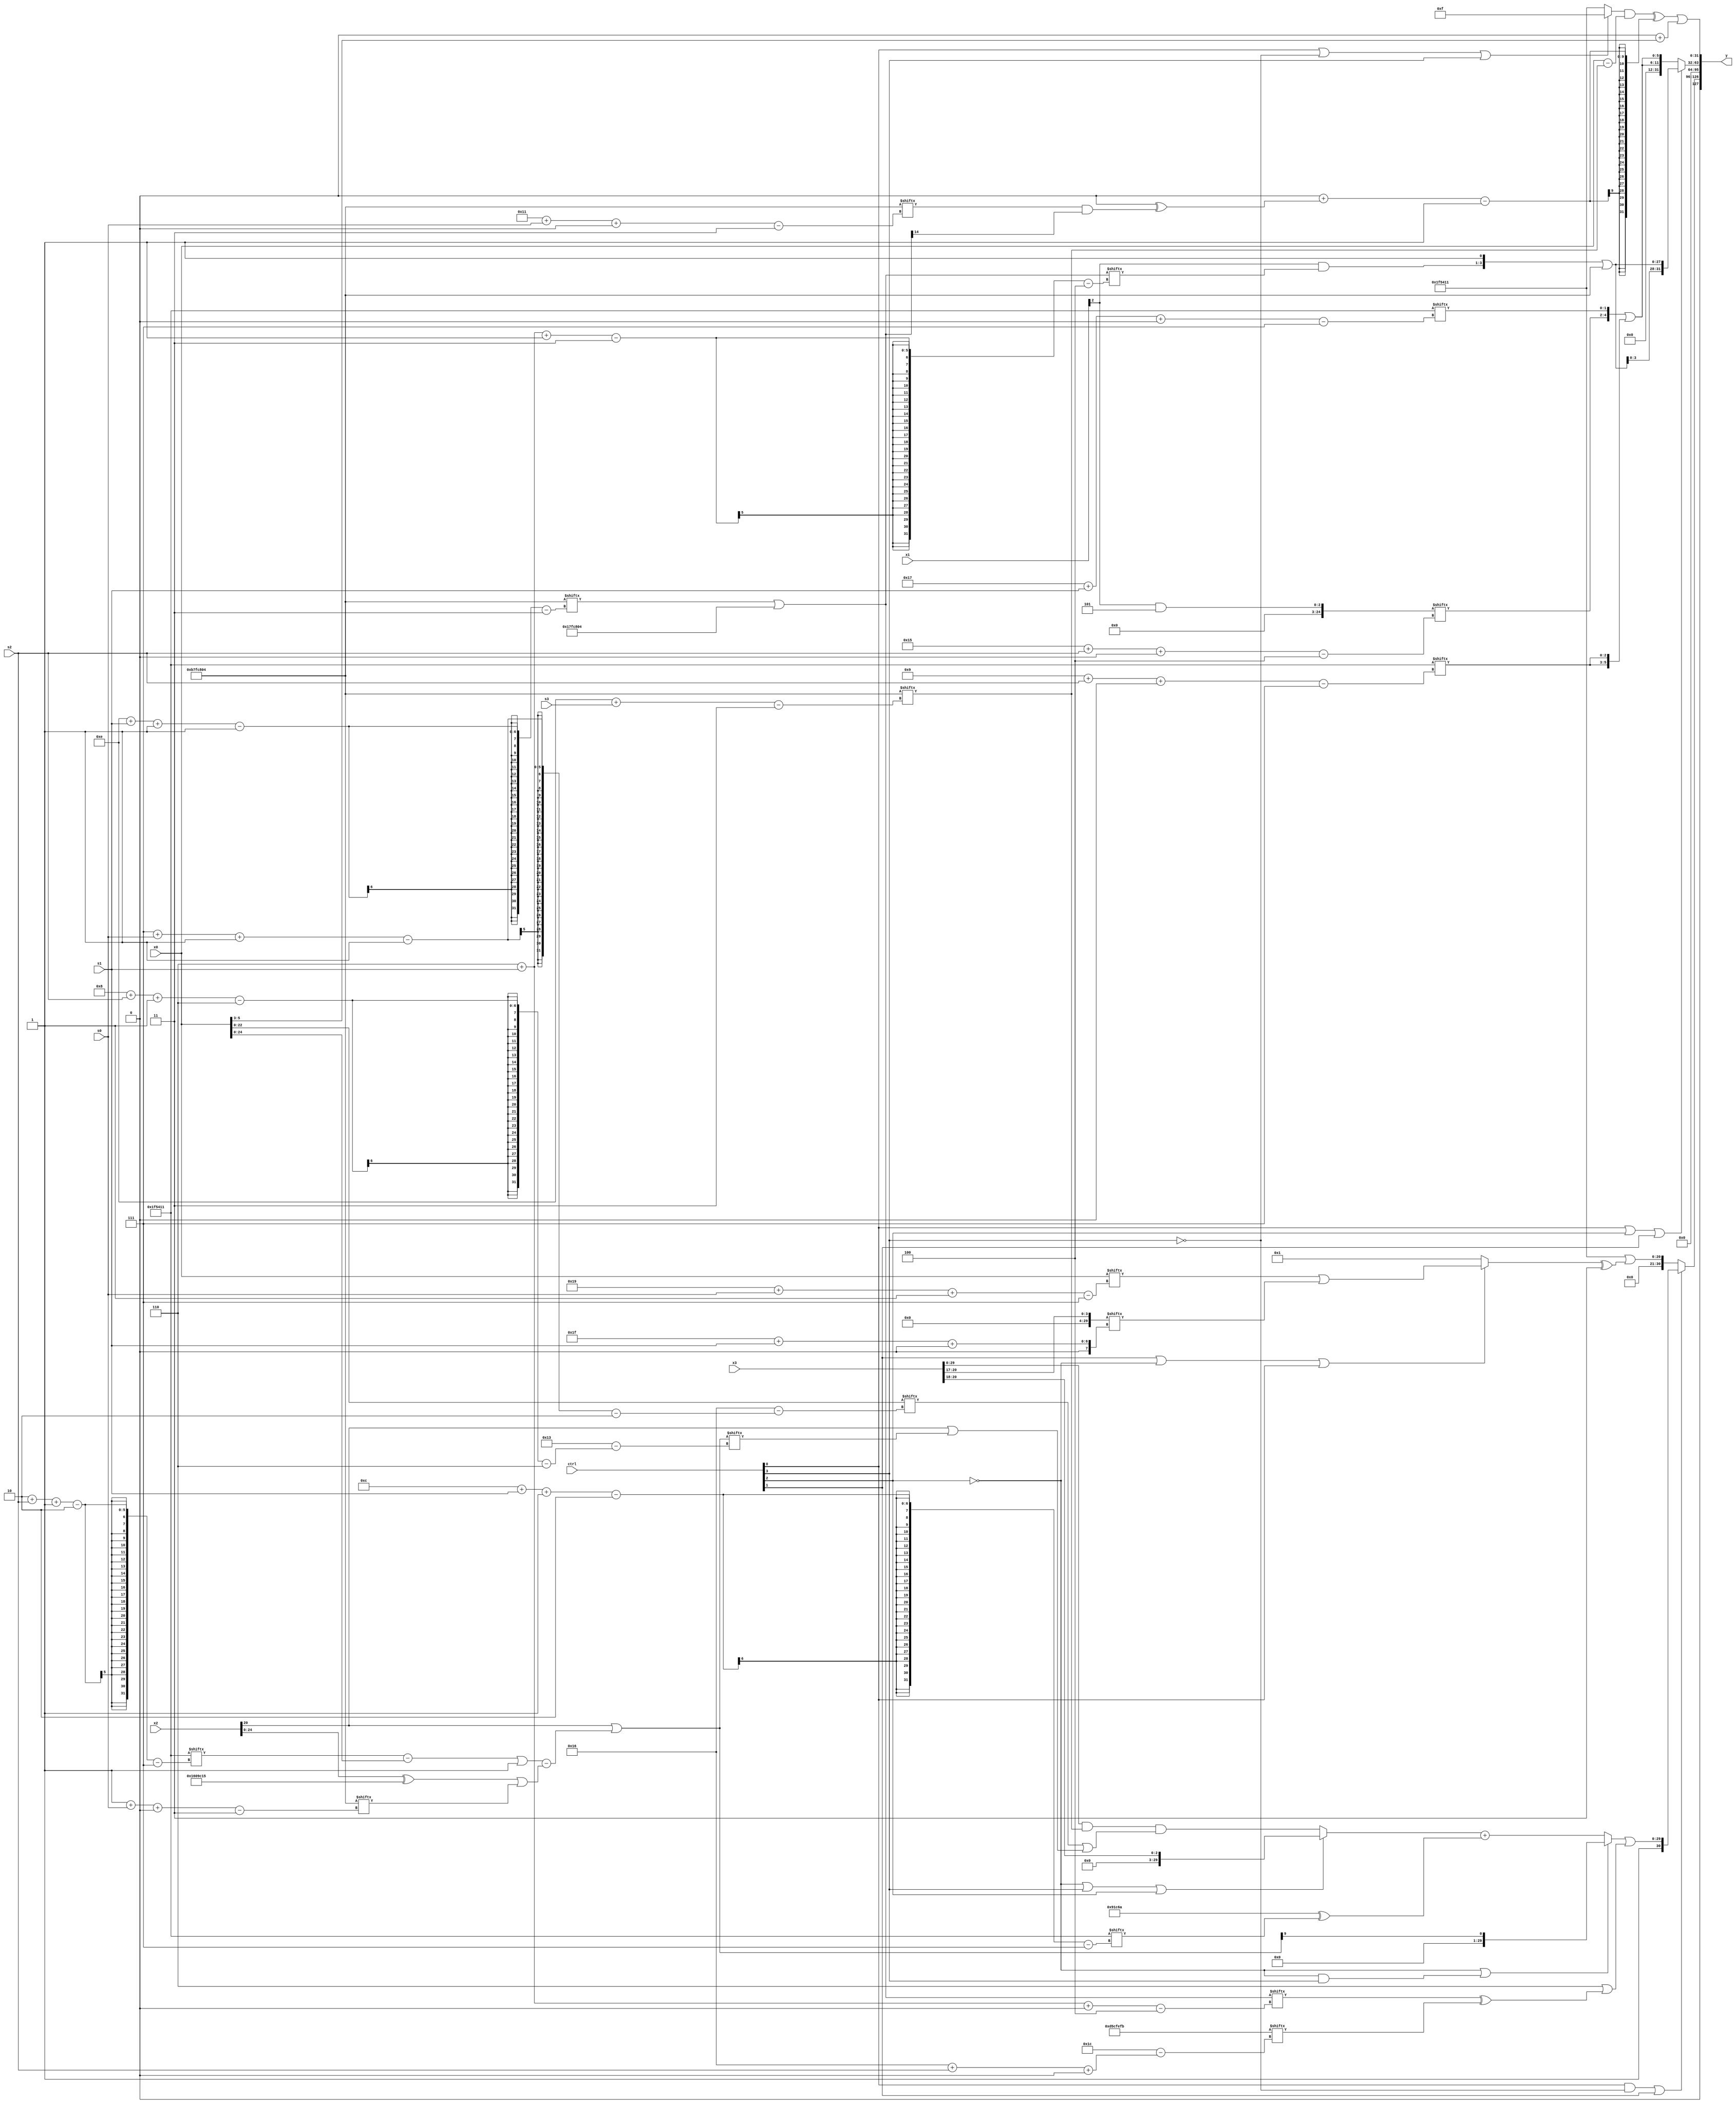
module partsel_00987(ctrl, s0, s1, s2, s3, x0, x1, x2, x3, y);
  input [3:0] ctrl;
  input [2:0] s0;
  input [2:0] s1;
  input [2:0] s2;
  input [2:0] s3;
  input [31:0] x0;
  input [31:0] x1;
  input signed [31:0] x2;
  input [31:0] x3;
  wire signed [4:25] x4;
  wire signed [6:30] x5;
  wire signed [2:24] x6;
  wire signed [29:0] x7;
  wire signed [30:5] x8;
  wire signed [29:0] x9;
  wire signed [28:4] x10;
  wire signed [26:4] x11;
  wire signed [28:4] x12;
  wire signed [30:1] x13;
  wire signed [2:29] x14;
  wire signed [24:5] x15;
  output [127:0] y;
  wire signed [31:0] y0;
  wire signed [31:0] y1;
  wire signed [31:0] y2;
  wire [31:0] y3;
  assign y = {y0,y1,y2,y3};
  localparam [31:7] p0 = 571022442;
  localparam [29:7] p1 = 798970897;
  localparam signed [0:30] p2 = 224198395;
  localparam signed [30:3] p3 = 192923652;
  assign x4 = {x1, x2[9]};
  assign x5 = {x0[14 -: 4], (x2[20] | (((p1[2 + s2 -: 2] - x0) | (p1 & p2[18 +: 4])) - ((x2 ^ (p3 ^ p1)) | p3[1 + s0 +: 3])))};
  assign x6 = x0;
  assign x7 = ((!ctrl[2] || ctrl[3] || ctrl[2] ? x3[18 +: 3] : {p2[25 + s1 -: 2], ((x3 & p3[14 + s3]) & ((x6[7 + s0 -: 1] | p1[18 +: 1]) | (x2[20] | x5[8 + s2 -: 6])))}) + (p0 ^ p1[12 + s1 -: 2]));
  assign x8 = x4[22];
  assign x9 = x3[20 -: 4];
  assign x10 = (x8 & {2{p1[22 -: 2]}});
  assign x11 = {2{x1[21 -: 4]}};
  assign x12 = (p3[14 + s1 -: 1] | p3);
  assign x13 = x9[17 +: 3];
  assign x14 = ({(ctrl[0] || !ctrl[0] && !ctrl[2] ? ({((p1[17] | p2[15 +: 3]) | x7), p1[21]} + x3) : x6), {p2[15 + s0 +: 7], {(((x5[27 + s1 -: 6] | x8[4 + s3]) | p3) | x9), p1[16 -: 2]}}} | (p1[21] ^ {{2{p1}}, p1[9 +: 1]}));
  assign x15 = (((x6[12] | p0[14 + s3 -: 7]) | (p2[23 -: 2] ^ p0[4 + s3 -: 5])) | (!ctrl[3] && !ctrl[2] && ctrl[2] ? x4[18 + s2 -: 3] : p0));
  assign y0 = {2{(ctrl[0] && !ctrl[3] || ctrl[1] ? {p1, ((!ctrl[2] || !ctrl[2] && ctrl[3] ? x5[21] : x7) | (p2[22 -: 3] | (x12[6 + s1 +: 8] ^ p2[22 + s2 +: 3])))} : (p1 | ((ctrl[1] || !ctrl[2] || ctrl[0] ? (x0[25 + s0 -: 7] | x9[31 + s1 +: 3]) : p2[20]) ^ {2{p0[23 -: 1]}})))}};
  assign y1 = x8[18 +: 3];
  assign y2 = (ctrl[0] || ctrl[2] || ctrl[1] ? {(((x11[13] & p2[26 + s0 +: 1]) - p2[17 -: 4]) + x9), {2{({(x8 & x12[6 + s1 -: 3]), p0[17]} | p3)}}} : (ctrl[3] || !ctrl[3] || ctrl[3] ? {2{({x10[21 + s2 +: 3], p1[23 + s1 +: 2]} | {2{p1[9 + s2 +: 3]}})}} : x12[3 + s0 -: 5]));
  assign y3 = ({(x11[18 -: 2] | (ctrl[2] && ctrl[1] || ctrl[0] ? {2{x10}} : (x15[9 +: 3] + p0[15 -: 1]))), (((ctrl[0] || !ctrl[3] || ctrl[3] ? p3[23 -: 4] : p1) & (x0 - p3[14 + s3])) ^ ((p1[16] + (x8[8 +: 4] ^ (p3[17 + s0 +: 8] & x12[18]))) - p3[14 +: 2]))} | (x10[13 -: 1] + x6[21 -: 3]));
endmodule